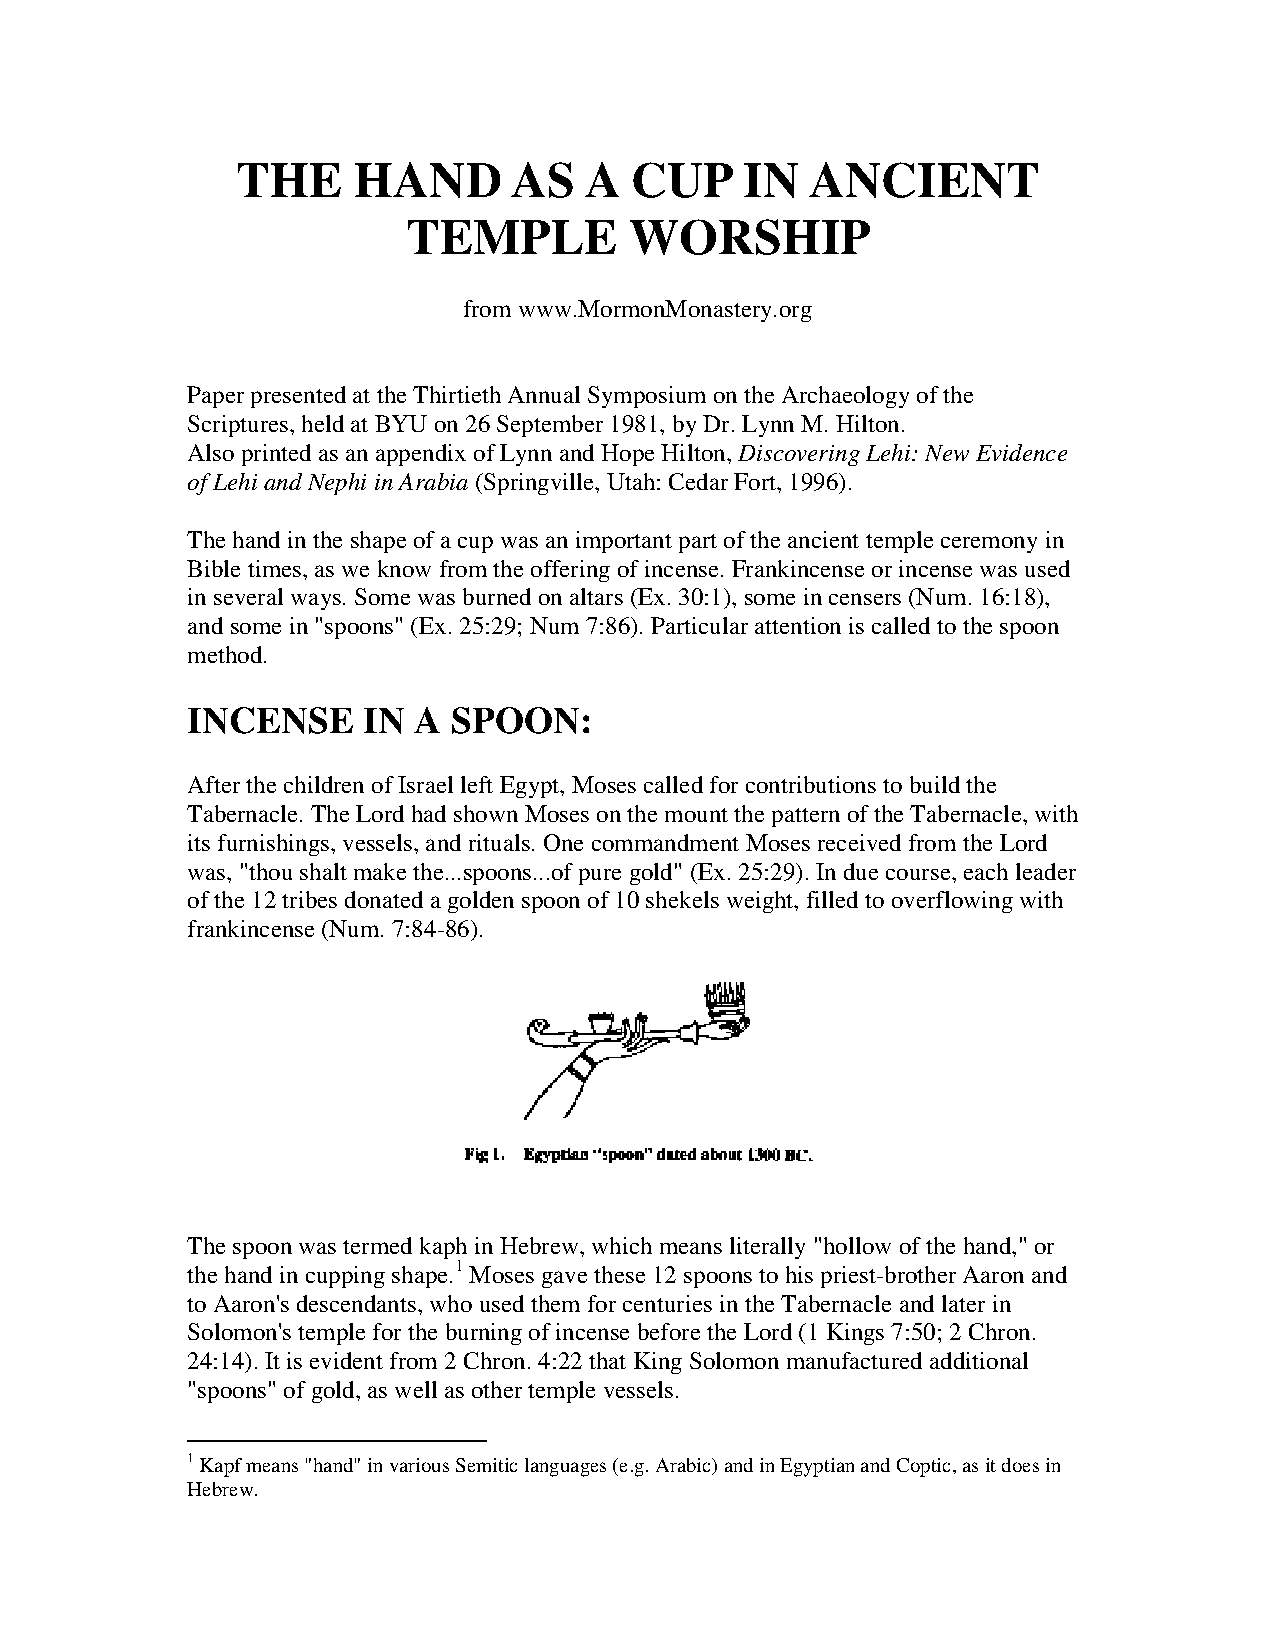
THE    HAND       AS   A  CUP    IN   ANCIENT
 TEMPLE         WORSHIP
 from www.MormonMonastery.org
 Paper presented at the Thirtieth Annual Symposium on the Archaeology of the
 Scriptures, held at BYU on 26 September 1981, by Dr. Lynn M. Hilton.
 Also printed as an appendix of Lynn and Hope Hilton, Discovering Lehi: New Evidence
 of Lehi and Nephi in Arabia (Springville, Utah: Cedar Fort, 1996).
 The hand in the shape of a cup was an important part of the ancient temple ceremony in
 Bible times, as we know from the offering of incense. Frankincense or incense was used
 in several ways. Some was burned on altars (Ex. 30:1), some in censers (Num. 16:18),
 and some in "spoons" (Ex. 25:29; Num 7:86). Particular attention is called to the spoon
 method.
 INCENSE     IN A  SPOON:
 After the children of Israel left Egypt, Moses called for contributions to build the
 Tabernacle. The Lord had shown Moses on the mount the pattern of the Tabernacle, with
 its furnishings, vessels, and rituals. One commandment Moses received from the Lord
 was, "thou shalt make the...spoons...of pure gold" (Ex. 25:29). In due course, each leader
 of the 12 tribes donated a golden spoon of 10 shekels weight, filled to overflowing with
 frankincense (Num. 7:84-86).
 The spoon was termed kaph in Hebrew, which means literally "hollow of the hand," or
 the hand in cupping shape.1 Moses gave these 12 spoons to his priest-brother Aaron and
 to Aaron's descendants, who used them for centuries in the Tabernacle and later in
 Solomon's temple for the burning of incense before the Lord (1 Kings 7:50; 2 Chron.
 24:14). It is evident from 2 Chron. 4:22 that King Solomon manufactured additional
 "spoons" of gold, as well as other temple vessels.
 1 Kapf means "hand" in various Semitic languages (e.g. Arabic) and in Egyptian and Coptic, as it does in
 Hebrew.